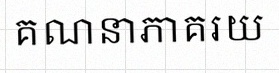
គណនាភាគរយ